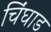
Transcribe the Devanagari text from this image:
चिंघाड